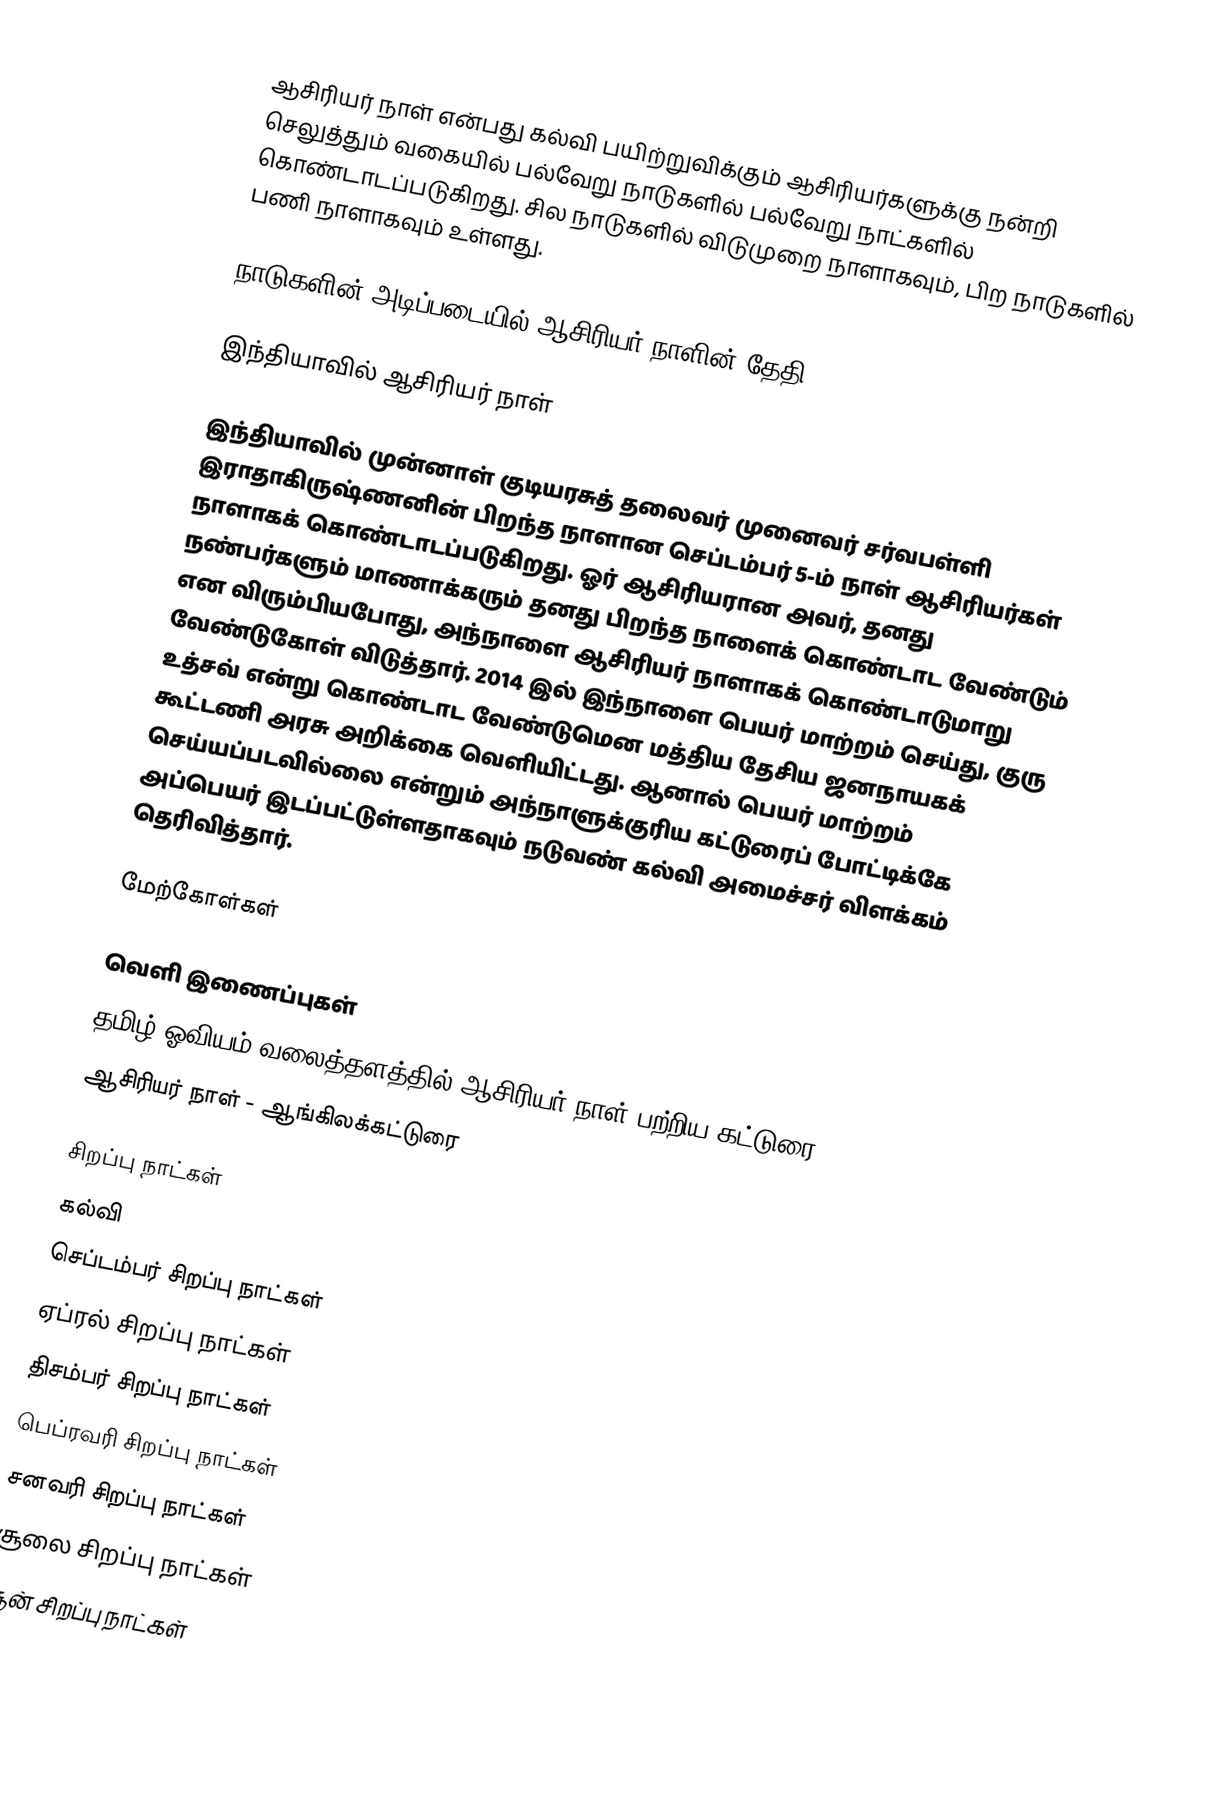
ஆசிரியர் நாள் என்பது கல்வி பயிற்றுவிக்கும் ஆசிரியர்களுக்கு நன்றி செலுத்தும் வகையில் பல்வேறு நாடுகளில் பல்வேறு நாட்களில் கொண்டாடப்படுகிறது. சில நாடுகளில் விடுமுறை நாளாகவும், பிற நாடுகளில் பணி நாளாகவும் உள்ளது.

நாடுகளின் அடிப்படையில் ஆசிரியர் நாளின் தேதி

இந்தியாவில் ஆசிரியர் நாள்

இந்தியாவில் முன்னாள் குடியரசுத் தலைவர் முனைவர் சர்வபள்ளி இராதாகிருஷ்ணனின் பிறந்த நாளான செப்டம்பர் 5-ம் நாள் ஆசிரியர்கள் நாளாகக் கொண்டாடப்படுகிறது. ஓர் ஆசிரியரான அவர், தனது நண்பர்களும் மாணாக்கரும் தனது பிறந்த நாளைக் கொண்டாட வேண்டும் என விரும்பியபோது, அந்நாளை ஆசிரியர் நாளாகக் கொண்டாடுமாறு வேண்டுகோள் விடுத்தார். 2014 இல் இந்நாளை பெயர் மாற்றம் செய்து,  குரு உத்சவ் என்று கொண்டாட வேண்டுமென மத்திய தேசிய ஜனநாயகக் கூட்டணி அரசு அறிக்கை வெளியிட்டது. ஆனால் பெயர் மாற்றம் செய்யப்படவில்லை என்றும் அந்நாளுக்குரிய  கட்டுரைப் போட்டிக்கே அப்பெயர் இடப்பட்டுள்ளதாகவும் நடுவண் கல்வி அமைச்சர் விளக்கம் தெரிவித்தார்.

மேற்கோள்கள்

வெளி இணைப்புகள்
 தமிழ் ஓவியம் வலைத்தளத்தில் ஆசிரியர் நாள் பற்றிய கட்டுரை
 ஆசிரியர் நாள் - ஆங்கிலக்கட்டுரை

சிறப்பு நாட்கள்
கல்வி
செப்டம்பர் சிறப்பு நாட்கள்
ஏப்ரல் சிறப்பு நாட்கள்
திசம்பர் சிறப்பு நாட்கள்
பெப்ரவரி சிறப்பு நாட்கள்
சனவரி சிறப்பு நாட்கள்
சூலை சிறப்பு நாட்கள்
சூன் சிறப்பு நாட்கள்